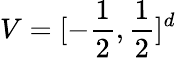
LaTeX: V=[-\frac 12,\frac 12]^{d}